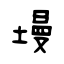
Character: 墁